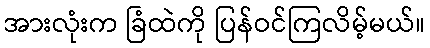
အားလုံးက ခြံထဲကို ပြန်ဝင်ကြလိမ့်မယ်။